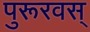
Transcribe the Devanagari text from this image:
पुरूरवस्